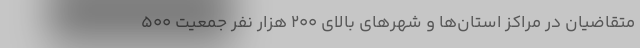
متقاضیان در مراکز استان‌ها و شهر‌های بالای 200 هزار نفر جمعیت 500